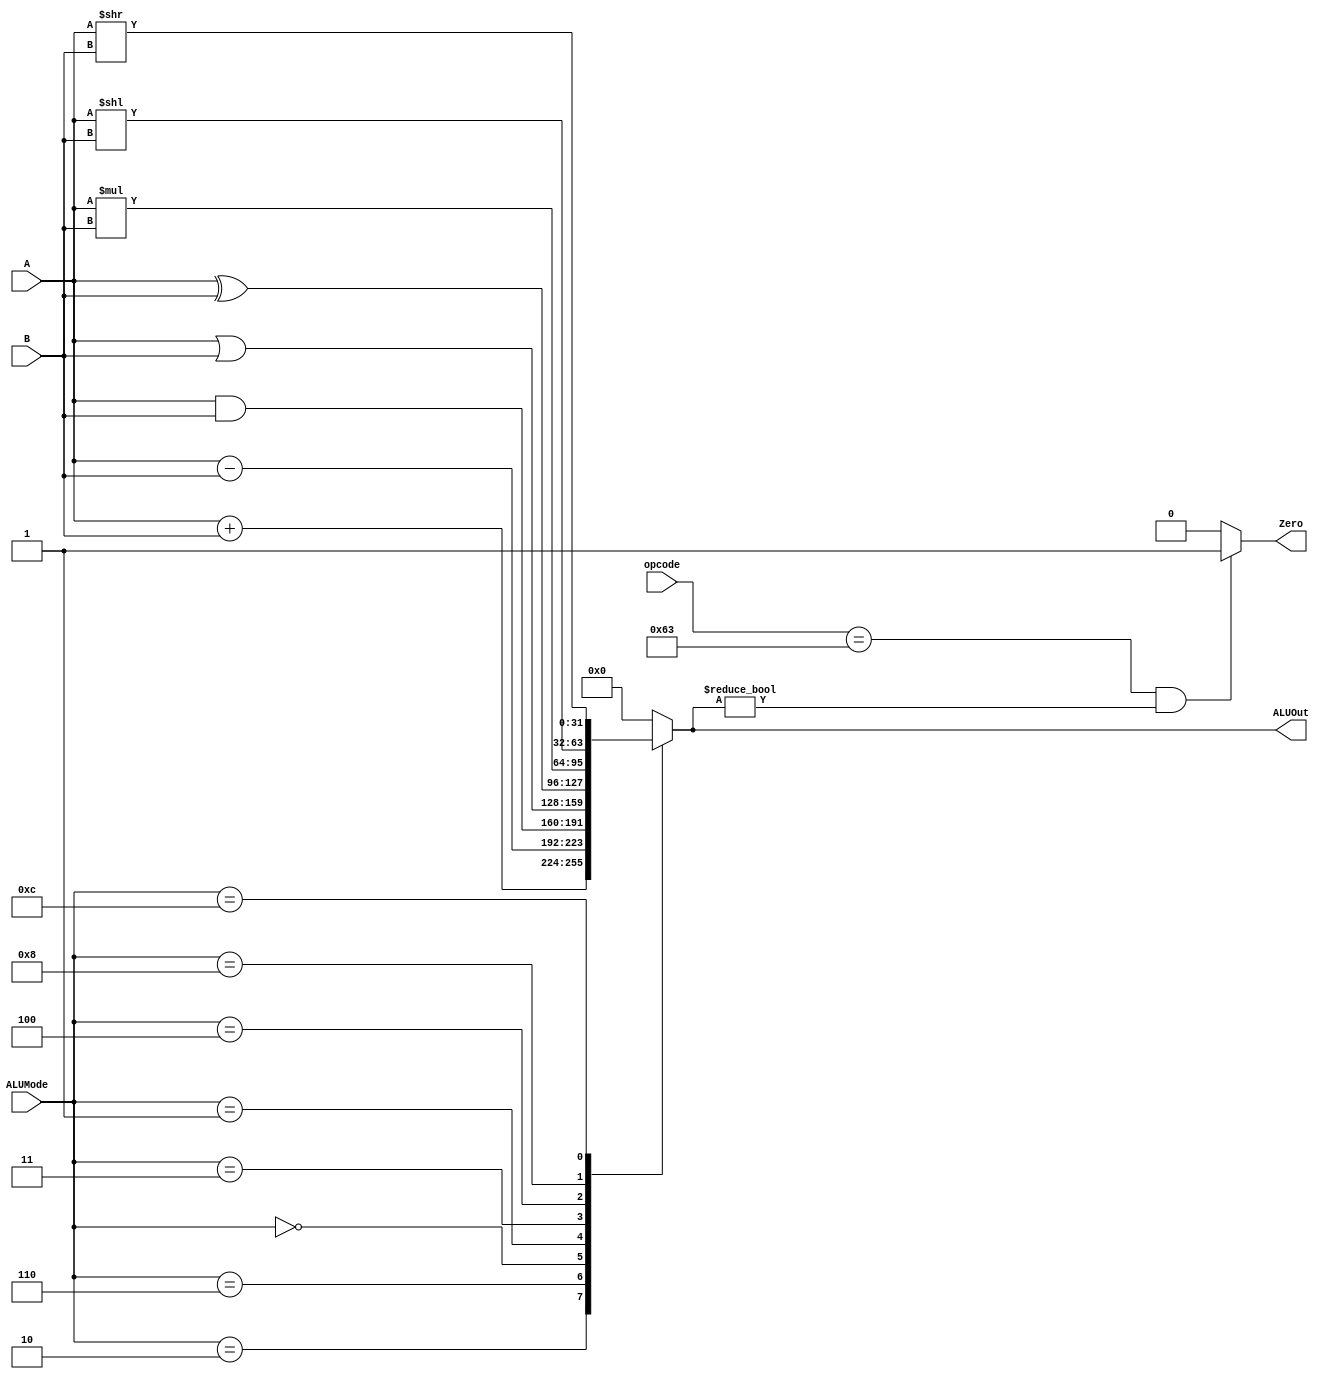
module ALU(
	input [6:0] opcode,
	input signed [31:0] A, 
	input signed [31:0] B,
	input [3:0] ALUMode,
	output reg Zero,
	output reg [31:0] ALUOut
);
parameter B_Type = 7'b1100011;

always @(*) begin
	case (ALUMode)
		4'b0010: ALUOut = A + B;
		4'b0110: ALUOut = A - B;
		4'b0000: ALUOut = A & B;
		4'b0001: ALUOut = A | B;
		4'b0011: ALUOut = A ^ B;
		4'b0100: ALUOut = A * B;
		4'b1000: ALUOut = A << B;
		4'b1100: ALUOut = A >> B;
		default: ALUOut = 32'b0;	
	endcase
	Zero = 1'b0;
	
// beq is == , bne is != 	
//	if (opcode == B_Type & ALUOut == 32'b0) begin
//		Zero = 1'b1;
//	end	
	if (opcode == B_Type & ALUOut != 32'b0) begin
		Zero = 1'b1;
	end	
end

endmodule